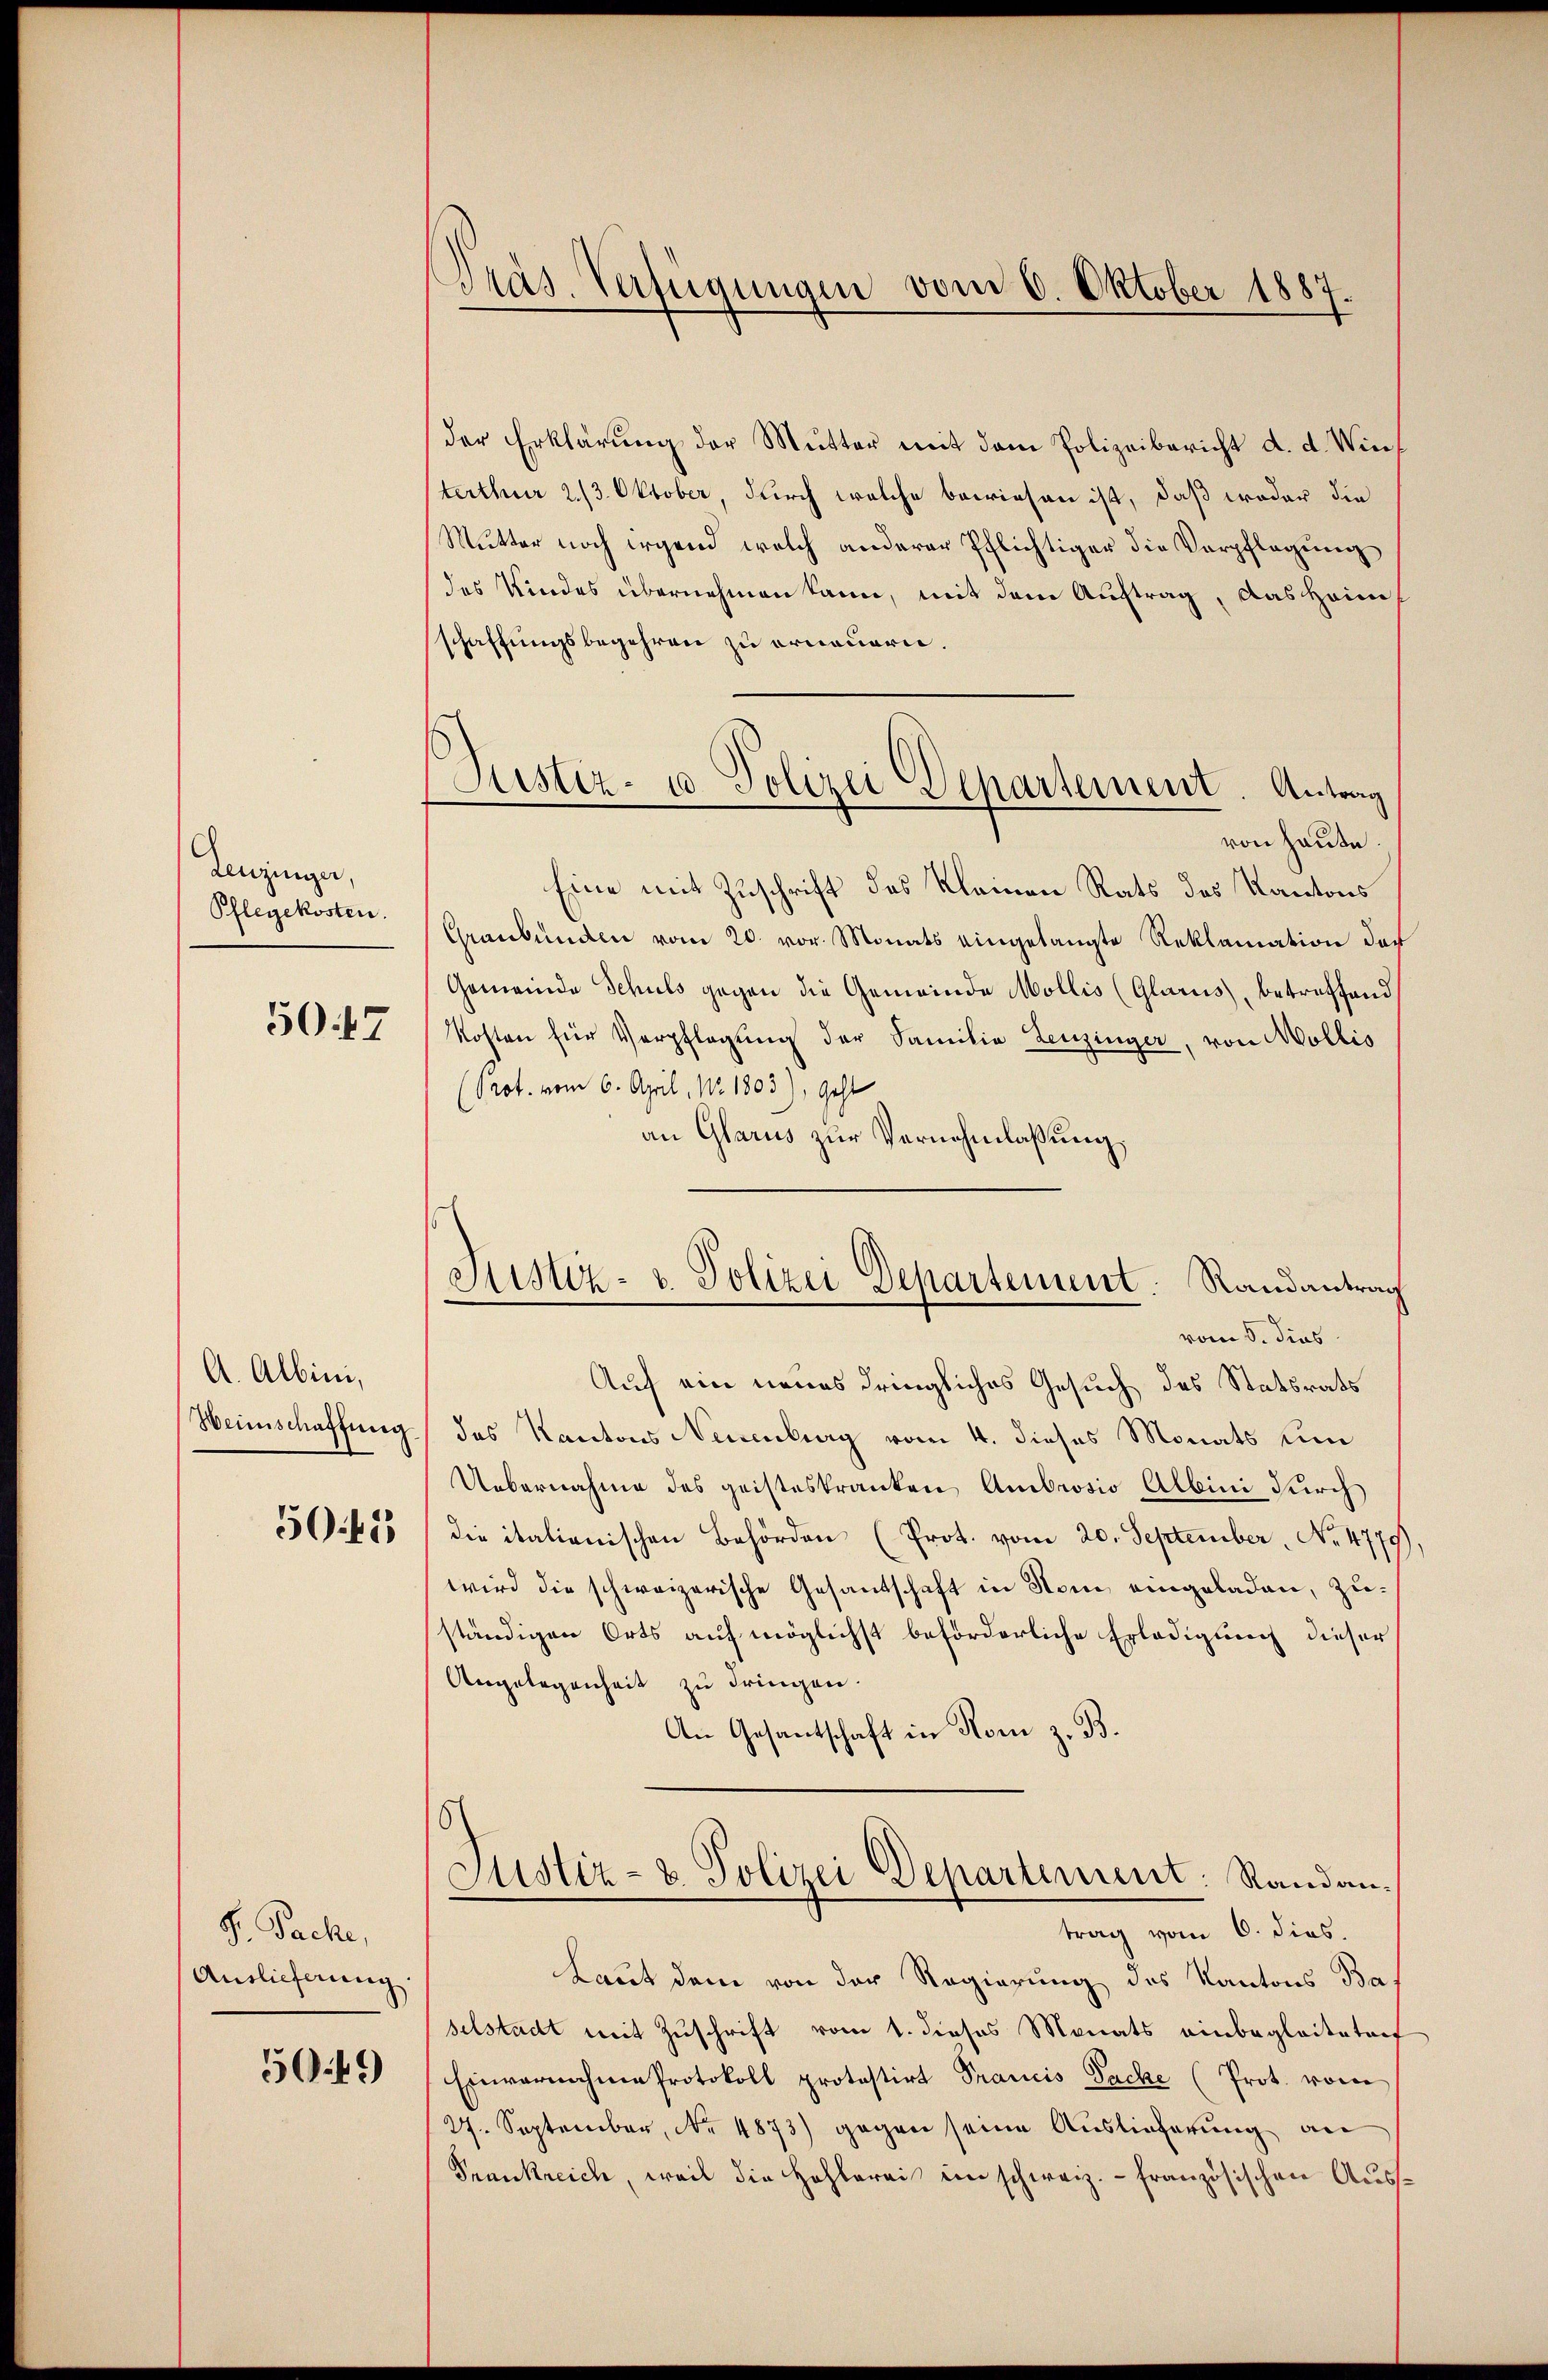
Leuzinger,
Pflegekosten.

50.47

A. Albini,
Weinschaffung
50. 415

S. Pache,
Auslieferung

5049

Präs. Verfügungen vom 6. Oktober 1887.

Justiz- u Polizei Departement. Antrag

Justiz- u. Polizei Departement. Randantrag

der Erklärŭng der Mutter mit dem Polizeibericht d. d. Wieterthur 2/3. Oktober, durch welche bewiesen ist, daß weder die
Mutter noch irgend welch anderer Pflichtiger die Verpflegung
des Kindes übernehmen kann, mit dem Auftrag, das Heimschaffungsbegehren zu erneuern.
von heute.
Eine mit Zuschrift des Kleinen Rats des Kantons
Graubünden vom 20. vor. Monats eingelangte Reklamation der
Gemeinde Schuls gegen die Gemeinde Mollis (Glarus, betreffend
Kosten für Verpflegung der Familie Leuzinger, von Mollis
(Prot. vom 6. April, No 1803), geht
an Glarus zur Vernehmlassung,
vom 8. dies
Auf ein neues dringliches Gesuch des Statsrats
des Kantons Neuenburg vom 4. dieses Monats un
Uebernahme des geisteskranken Ambrosio Albini durch
die italienischen Behörden (Prot. vom 20. September, No. 4779)
wird die schweizerische Gesantschaft in Stein eingeladen, zuständigen Orts auf möglichst beförderliche Erledigung dieser
Angelegenheit zu dringen.
An Gesantschaft in Rom z. B.
Justiz- & Polizei Departement: Randantrag vom 6. dies.
Laut dem von der Regierung des Kantons Baselstadt mit Zuschrift vom 1. dieses Monats einbegleiteten
Einvernahme Protokoll protestirt Francis Sache (Prot. vom
27. September, No 4873) gegen seine Auslieferung an
Frankreich, weil die Hohlerei ein schweiz.- französischen Aus¬